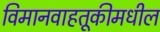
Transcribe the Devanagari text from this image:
विमानवाहतूकीमधील